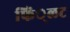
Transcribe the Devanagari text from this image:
फिं्लट